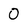
Character: 0